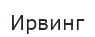
Ирвинг